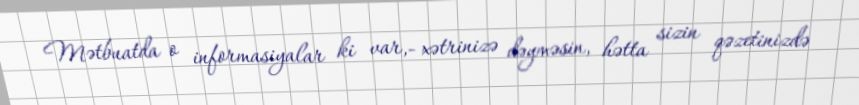
Mətbuatda o informasiyalar ki var,- xətrinizə dəyməsin, hətta sizin qəzetinizdə